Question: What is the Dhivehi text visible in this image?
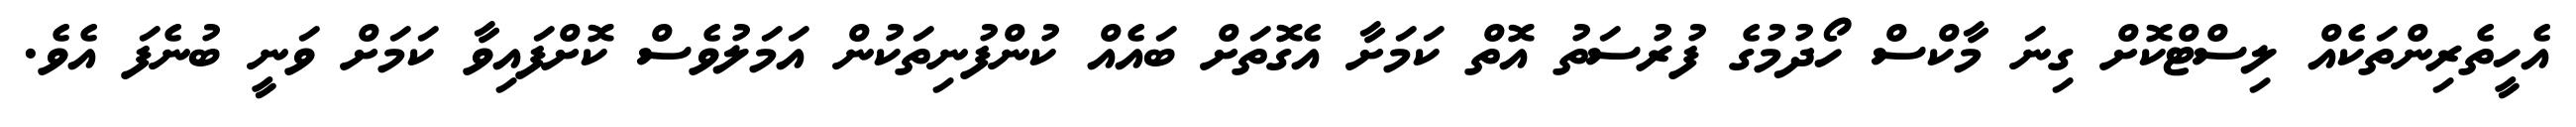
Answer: އެހީތެރިންތަކެއް ލިސްޓްކޮށް ގިނަ މާކްސް ހޯދުމުގެ ފުރުސަތު އޮތް ކަމަށާ އެގޮތަށް ބައެއް ކުންފުނިތަކުން އަމަލުވެސް ކޮށްފައިވާ ކަމަށް ވަނީ ބުނެފަ އެވެ.